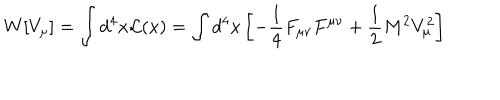
W [ V _ { \mu } ] = \int d ^ { 4 } x { \cal L } ( x ) = \int d ^ { 4 } x \left[ - { \frac { 1 } { 4 } } F _ { \mu \nu } F ^ { \mu \nu } + { \frac { 1 } { 2 } } M ^ { 2 } V _ { \mu } ^ { 2 } \right]